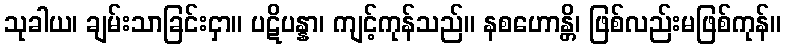
သုခါယ၊ ချမ်းသာခြင်းငှာ။ ပဋိပန္နာ၊ ကျင့်ကုန်သည်။ နစဟောန္တိ၊ ဖြစ်လည်းမဖြစ်ကုန်။